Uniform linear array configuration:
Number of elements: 48
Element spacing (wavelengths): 0.5
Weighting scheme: blackman
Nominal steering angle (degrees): -45
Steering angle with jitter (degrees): -46.963
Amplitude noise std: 0.05
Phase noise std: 0.05

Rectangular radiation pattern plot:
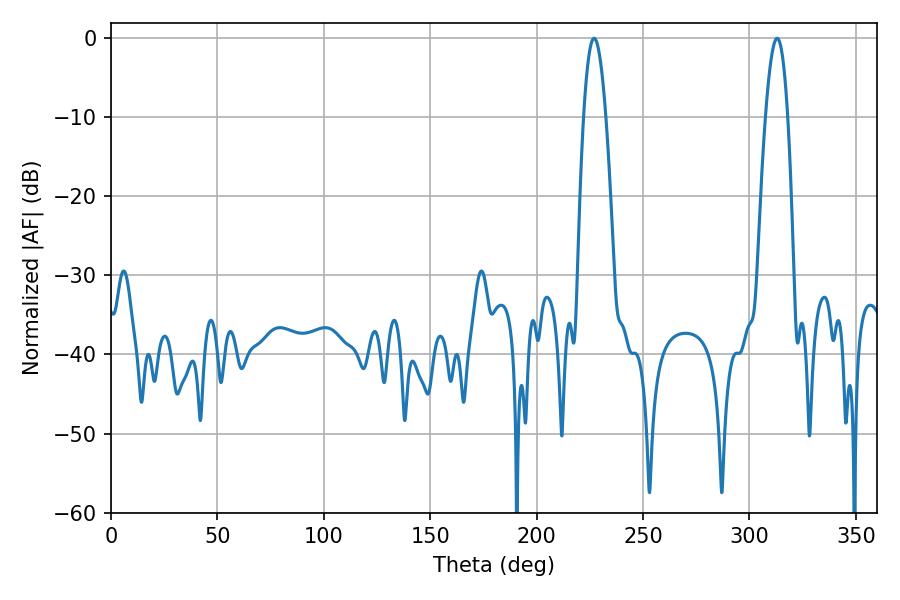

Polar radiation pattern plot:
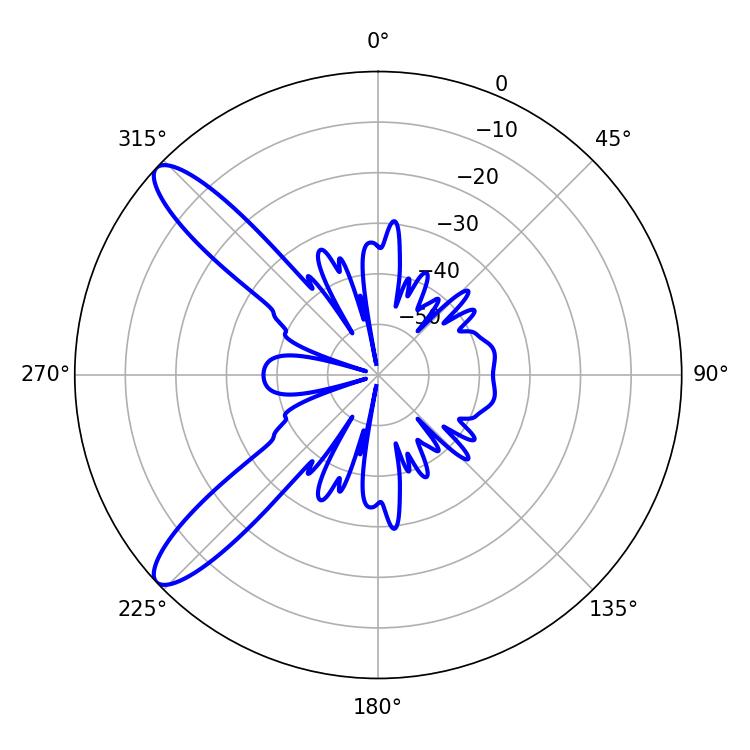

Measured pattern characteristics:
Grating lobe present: FALSE
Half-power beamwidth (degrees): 5.58
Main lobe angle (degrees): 226.98